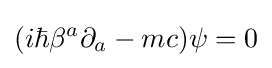
(i\hbar \beta ^{a}\partial _{a}-mc)\psi =0